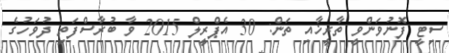
ސިޓީ ފޮނުވަންވީ ތާރީޚާއި ތަން: 30 އެޕްރީލް 2015 ވާ ބުރާސްފަތި ދުވަހުގެ